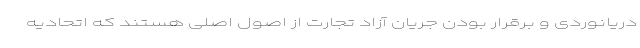
دریانوردی و برقرار بودن جریان آزاد تجارت از اصول اصلی هستند که اتحادیه